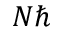
N \hbar